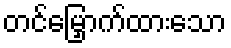
တင်မြှောက်ထားသော